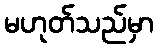
မဟုတ်သည်မှာ